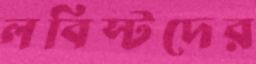
লবিস্টদের